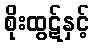
စိုးထွဋ်နှင့်